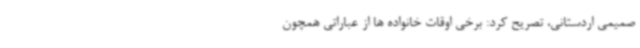
صمیمی اردستانی، تصریح کرد: برخی اوقات خانواده ها از عباراتی همچون